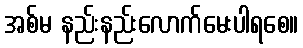
အစ်မ နည်းနည်းလောက်မေးပါရစေ။